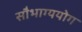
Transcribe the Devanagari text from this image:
सौभाग्ययोग